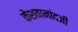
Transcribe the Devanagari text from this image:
केशवानांदजी